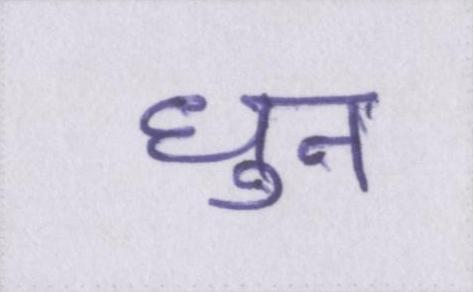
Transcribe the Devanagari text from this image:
धुन